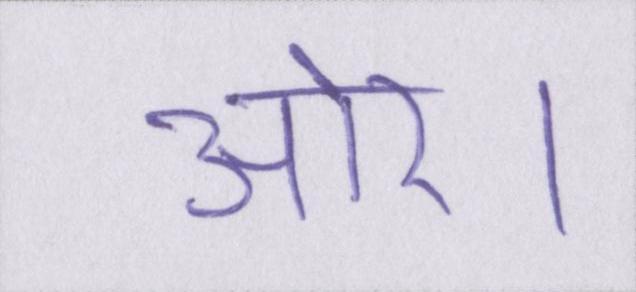
ओर।